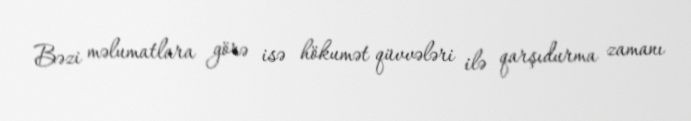
Bəzi məlumatlara görə isə hökumət qüvvələri ilə qarşıdurma zamanı